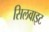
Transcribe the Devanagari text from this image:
सिलवाइट